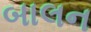
બાલન